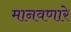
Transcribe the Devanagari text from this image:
मानवणारे